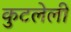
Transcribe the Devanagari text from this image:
कुटलेली